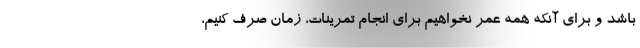
باشد و برای آنکه همه عمر نخواهیم برای انجام تمرینات، زمان صرف کنیم،